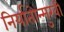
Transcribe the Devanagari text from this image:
निर्यातोन्मुखी